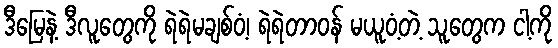
ဒီမြေနဲ့ ဒီလူတွေကို ရဲရဲမချစ်ဝံ့၊ ရဲရဲတာဝန် မယူဝံ့တဲ့ သူတွေက ငါ့ကို